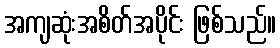
အကျဆုံးအစိတ်အပိုင်း ဖြစ်သည်။